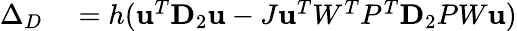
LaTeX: \begin{array}{rl}{\Delta_{D}}&{{}=h(\mathbf{u}^{T}\mathbf{D}_{2}\mathbf{u}-J\mathbf{u}^{T}W^{T}P^{T}\mathbf{D}_{2}PW\mathbf{u})}\end{array}